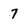
Character: 7